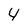
Character: 4